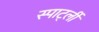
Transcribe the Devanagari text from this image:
स्पार्ट्ली